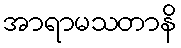
အာရာမသတာနိ